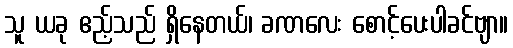
သူ ယခု ဧည့်သည် ရှိနေတယ်၊ ခဏလေး စောင့်ပေးပါခင်ဗျာ။